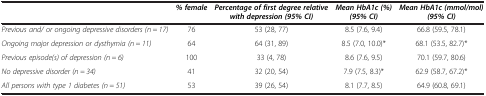
<table><thead><tr><td><b> </b></td><td><b><i>% female</i></b></td><td><b><i>Percentage of first degree relative with depression (95% CI)</i></b></td><td><b><i>Mean HbA1c (%)(95% CI)</i></b></td><td><b><i>Mean HbA1c (mmol/mol) (95% CI)</i></b></td></tr></thead><tbody><tr><td><i>Previous and/ or ongoing depressive disorders (n = 17)</i></td><td>76</td><td>53 (28, 77)</td><td>8.5 (7.6, 9.4)</td><td>66.8 (59.5, 78.1)</td></tr><tr><td><i>Ongoing major depression or dysthymia (n = 11)</i></td><td>64</td><td>64 (31, 89)</td><td>8.5 (7.0, 10.0)*</td><td>68.1 (53.5, 82.7)*</td></tr><tr><td><i>Previous episode(s) of depression (n = 6)</i></td><td>100</td><td>33 (4, 78)</td><td>8.6 (7.6, 9.5)</td><td>70.1 (59.7, 80.6)</td></tr><tr><td><i>No depressive disorder (n = 34)</i></td><td>41</td><td>32 (20, 54)</td><td>7.9 (7.5, 8.3)*</td><td>62.9 (58.7, 67.2)*</td></tr><tr><td><i>All persons with type 1 diabetes (n = 51)</i></td><td>53</td><td>39 (26, 54)</td><td>8.1 (7.7, 8.5)</td><td>64.9 (60.8, 69.1)</td></tr></tbody></table>